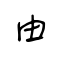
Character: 由